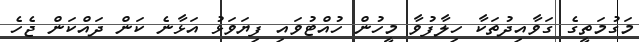
މަގުމަތީގެ ގަވާއިދުތަކާ ހިލާފުވާ މީހުން ހުއްޓުވައި ފިޔަވަޅު އަޅާނެ ކަން ދައްކަން ޖެހެ